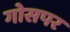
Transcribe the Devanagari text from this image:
गोसपर